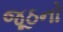
જૂઠનો